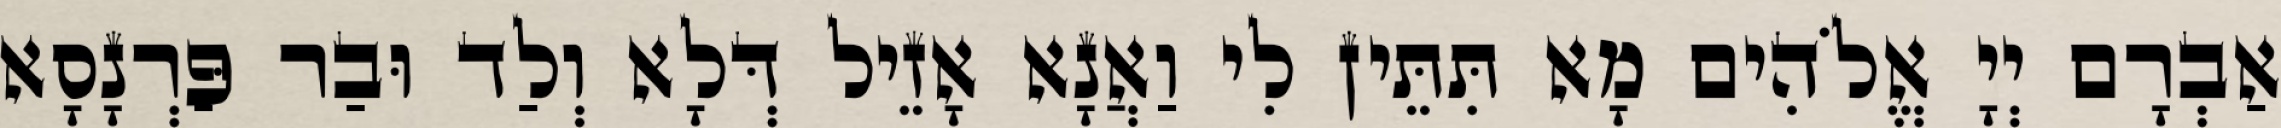
אַבְרָם יְיָ אֱלֹהִים מָא תִּתֵּין לִי וַאֲנָא אָזֵיל דְּלָא וְלַד וּבַר פַּרְנָסָא